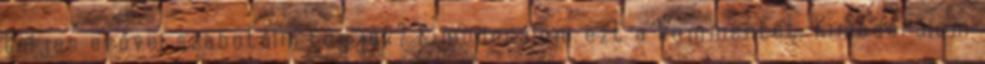
teljes erővel szabotálni fogják? Kimoderálom ezt a kommentet. Kimoderálom